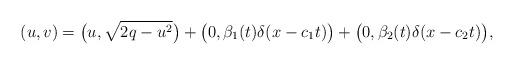
LaTeX: \begin{align*}(u,v)=\big(u,\sqrt{2q-u^2}\big)+\big(0,\beta_1(t)\delta(x-c_1t)\big)+\big(0,\beta_2(t)\delta(x-c_2t)\big),\end{align*}